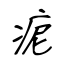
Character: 痆